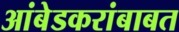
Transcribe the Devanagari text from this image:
आंबेडकरांबाबत